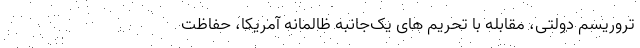
تروریسم دولتی، مقابله با تحریم های یک‌جانبه ظالمانه آمریکا، حفاظت